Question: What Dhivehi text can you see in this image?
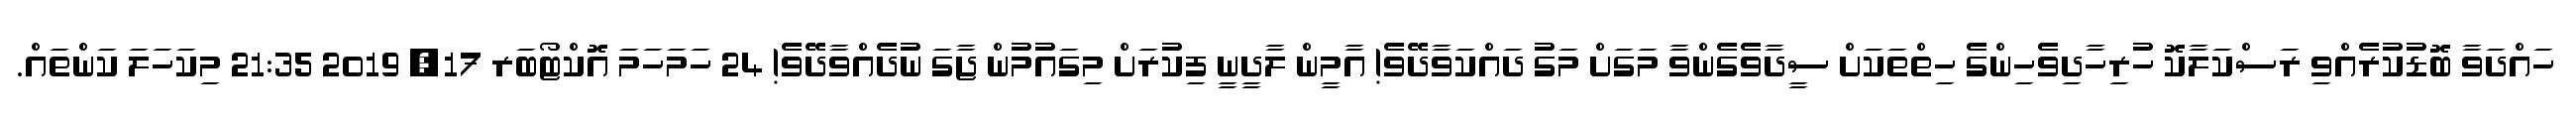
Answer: ހައްދަވާ ބޮޑުކުރެއްވި ރަސްކަލާކޮ ހުރިހާދިވެހިންގެ ހިތްތަކަށް ސީދާވެގެންވާ މަގަށް މަގު ދައްކަވާދޭވެ! އާމީން ލާދީނީ ފިކުރަށް މިގައުމުން ޖާގަ ނުދެއްވާދޭވެ! 24 ހަމަހަމަ އޮކްޓޯބަރ 17, 2019 21:35 މިކަހަލަ ކަންތައް.